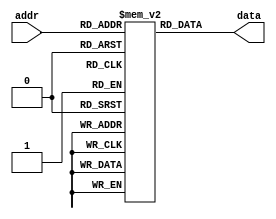
module Instruction_Mem(
	input wire [6:0] addr,
	output wire [31:0] data );

//parameter NMEM = 128;   // Number of memory entries, not the same as the memory size
//parameter IM_DATA = "im_data.txt";  // file to read data from
reg [31:0] mem [0:127];  // 32-bit memory with 128 entries

initial
begin
	// $readmemh(IM_DATA, mem, 0, NMEM-1);
	mem[0] = 32'b100011_00000_10000_00000_00000_000000; // lw s0 0($zero) , s0 = 1
	mem[1] = 32'b100011_00000_10001_00000_00000_000100; // lw s1 4($zero) , s1 = 0
	mem[2] = 32'b000000_10000_10001_10010_00000_100000; // add s2 s0 s1 , s2 = 1
	mem[3] = 32'b000000_10000_10001_10011_00000_100010; // sub s3 s0 s1 , s3 = 1
	mem[4] = 32'b000000_10010_10011_10100_00000_100100; // and s4 s2 s3 , s4 = 1
	mem[5] = 32'b000000_10010_10011_10101_00000_100110; // xor s5 s2 s3 , s5 = 0
	mem[6] = 32'b000000_10101_10100_10110_00000_101010; // slt s6 s5 s4 , s6 = 1
 	mem[7] = 32'b000100_10101_10001_00000_00000_000001; // beq s5 s1 1 , s5 = s1 = 0
	mem[8] = 32'b000010_00000_00000_00000_00000_001101; // j 13 , it is not executed at first, but is executed after the jump. (mem[12])
	mem[9] = 32'b100011_00000_10111_00000_00000_001000; // lw s7 8($zero) , s7 = 0
	mem[10]= 32'b101011_10111_10101_00000_00000_010000; // sw s5 16(s7) , mem[4] = 0
	mem[11]= 32'b100011_10111_10000_00000_00000_010000; // lw s0 16(s7) , s0 = mem[4] = 0
	mem[12]= 32'b000010_00000_00000_00000_00000_000011; // j 3
	mem[13]= 32'b000000_10000_00000_10111_00000_100111; // nor s7 s0 $zero , s7 = 32'b1111_1111_1111_1111_1111_1111_1111_1111;
	mem[14]= 32'b100011_00000_01000_00000_00000_101000; // lw t0 40($zero) , t0 = 32'b0101_0101_1010_1010_0101_0101_1010_1010;
	mem[15]= 32'b100011_00000_01001_00000_00000_101100; // lw t1 44($zero) , t1 = 32'b0111_0111_1000_1000_0111_0111_1000_1000;
	mem[16]= 32'b000000_01000_01001_01010_00000_100000; // add t2 t0 t1    , t2 = 32'b1100_1101_0011_0010_1100_1101_0011_0010; positive value (overflow)
	mem[17]= 32'b000000_01000_01001_01011_00000_100010; // sub t3 t0 t1    , t3 = 32'b1101_1110_0010_0001_1101_1110_0010_0010; negative value
	mem[18]= 32'b000000_01000_01001_01100_00000_100100; // and t4 t0 t1    , t4 = 32'b0101_0101_1000_1000_0101_0101_1000_1000;
	mem[19]= 32'b000000_01000_01001_01101_00000_100110; // xor t5 t0 t1    , t5 = 32'b0010_0010_0010_0010_0010_0010_0010_0010;
	mem[20]= 32'b000000_01010_01011_01110_00000_101010; // slt t6 t2 t3    , t6 = 32'd1;
end

assign data = mem[addr][31:0];

endmodule